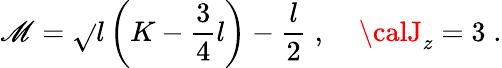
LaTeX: \mathscr{M}=\sqrt{}{{l\left(K-\frac{{3}}{{4}}l\right)}}-\frac{{l}}{{2}}\; ,\; \; \; \; {\calJ}_{z}=3\; .